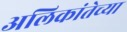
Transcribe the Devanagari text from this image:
अलिकांतेच्या